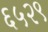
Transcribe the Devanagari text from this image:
६५२९